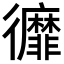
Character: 𢖥